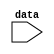
module display (
    input [7:0] data
);

//instantiate a memory block so 
endmodule